Madras plague regulations and rules - Volume 2
Disease focus: Plague
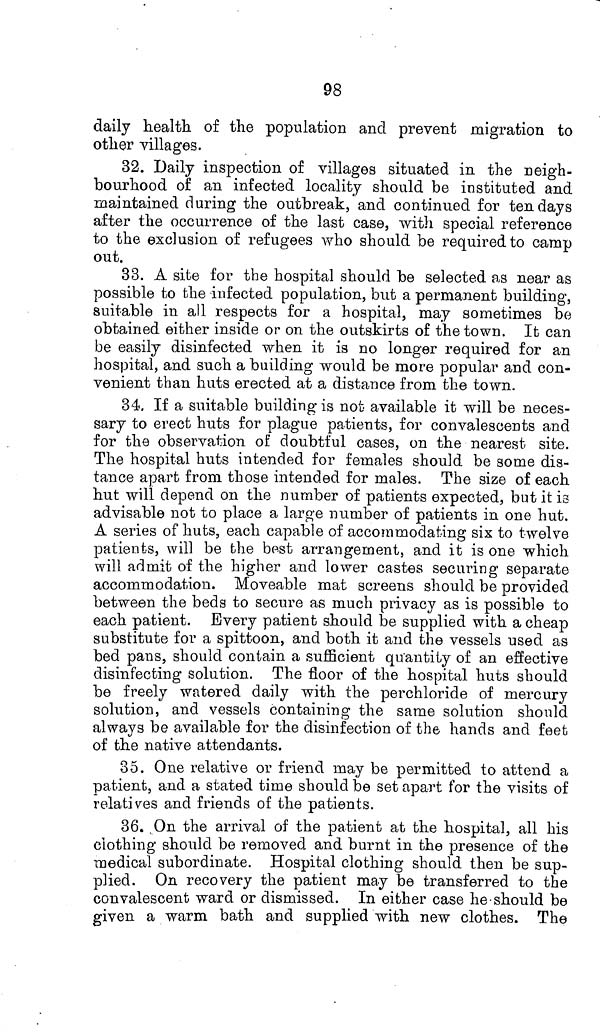
98
daily health of the population and prevent migration to
other villages.
32. Daily inspection of villages situated in the neigh-
bourhood of an infected locality should be instituted and
maintained during the outbreak, and continued for ten days
after the occurrence of the last case, with special reference
to the exclusion of refugees who should be required to camp
out.
33. A site for the hospital should be selected as near as
possible to the infected population, but a permanent building,
suitable in all respects for a hospital, may sometimes be
obtained either inside or on the outskirts of the town. It can
be easily disinfected when it is no longer required for an
hospital, and such a building would be more popular and con-
venient than huts erected at a distance from the town.
34. If a suitable building is not available it will be neces-
sary to erect huts for plague patients, for convalescents and
for the observation of doubtful cases, on the nearest site.
The hospital huts intended for females should be some dis-
tance apart from those intended for males. The size of each
hut will depend on the number of patients expected, but it is
advisable not to place a large number of patients in one hut.
A series of huts, each capable of accommodating six to twelve
patients, will be the best arrangement, and it is one which
will admit of the higher and lower castes securing separate
accommodation. Moveable mat screens should be provided
between the beds to secure as much privacy as is possible to
each patient. Every patient should be supplied with a cheap
substitute for a spittoon, and both it and the vessels used as
bed pans, should contain a sufficient quantity of an effective
disinfecting solution. The floor of the hospital huts should
be freely watered daily with the perchloride of mercury
solution, and vessels containing the same solution should
always be available for the disinfection of the hands and feet
of the native attendants.
35. One relative or friend may be permitted to attend a
patient, and a stated time should be set apart for the visits of
relatives and friends of the patients.
36. On the arrival of the patient at the hospital, all his
clothing should be removed and burnt in the presence of the
medical subordinate. Hospital clothing should then be sup-
plied. On recovery the patient may be transferred to the
convalescent ward or dismissed. In either case he-should be
given a warm bath and supplied with new clothes. The